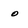
Character: o